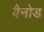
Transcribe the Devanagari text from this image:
बैनोड